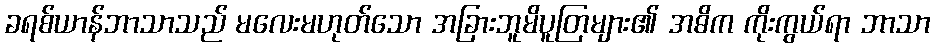
ခရစ်ယာန်ဘာသာသည် မလေးမဟုတ်သော အခြားဘူမိပူတြများ၏ အဓိက ကိုးကွယ်ရာ ဘာသာ